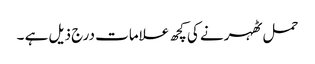
حمل ٹھہرنے کی کچھ علامات درج ذیل ہے ۔